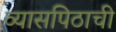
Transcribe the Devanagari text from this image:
व्यासपिठाची